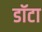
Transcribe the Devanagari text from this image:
डॉटा